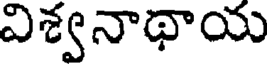
విశ్వనాథాయ